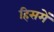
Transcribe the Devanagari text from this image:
हिसमें